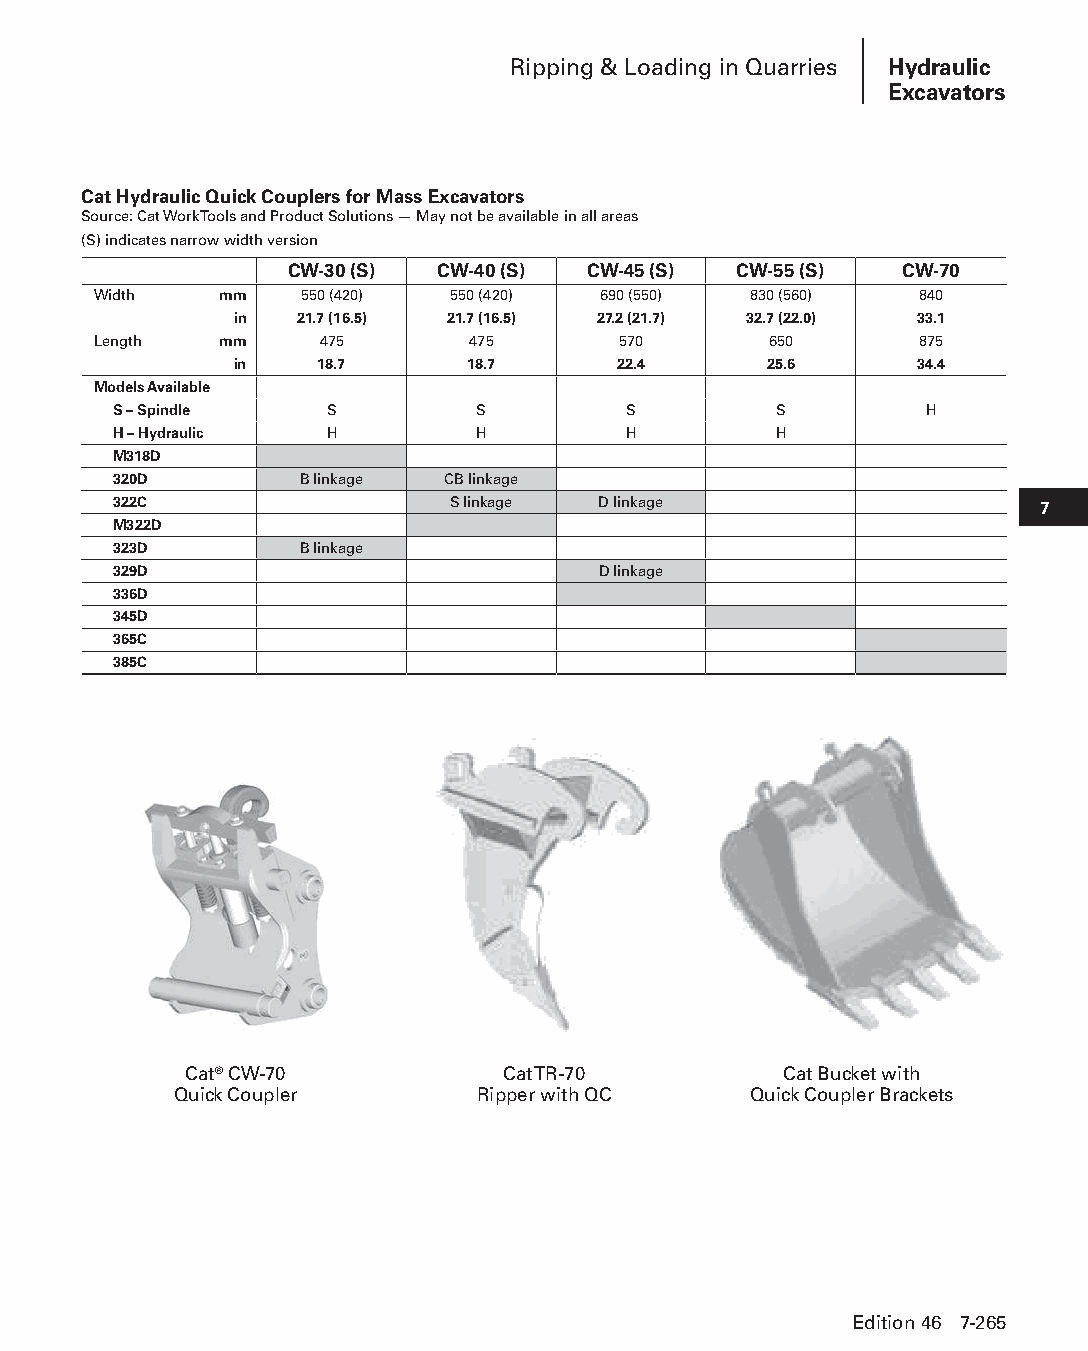
Ripping & Loading in Quarries Hydraulic
 Excavators
 Cat Hydraulic Quick Couplers for Mass Excavators
 Source: Cat Work Tools and Product Solutions — May not be available in all areas
 (S) indicates narrow width version
 CW-30 (S) CW-40 (S) CW-45 (S) CW-55 (S)  CW-70
 Width   mm   550 (420) 550 (420) 690 (550) 830 (560)  840
 in  21.7 (16.5) 21.7 (16.5) 27.2 (21.7) 32.7 (22.0) 33.1
 Length  mm     475      475       570       650       875
 in   18.7      18.7      22.4      25.6      34.4
 Models Available
 S – Spindle   S         S         S         S         H
 H – Hydraulic H         H         H         H
 M318D
 320D        B linkage CB linkage
 322C                  S linkage D linkage                    7
 M322D
 323D        B linkage
 329D                            D linkage
 336D
 345D
 365C
 385C
 Cat® CW-70           Cat TR-70         Cat Bucket with
 Quick Coupler       Ripper with QC    Quick Coupler Brackets
 Edition 46 7-265
 PPHHBB--SSeecc0077--HHyyddrraauulliiccEExxccaavvaattoorrss((ppgg224433--229944))..iinndddd 226655 1122//44//1155 1100::3377 AAMM